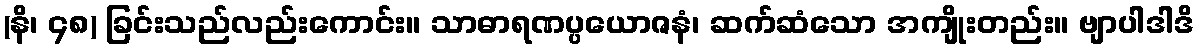
(နိ၊ ၄၈) ခြင်းသည်လည်းကောင်း။ သာဓာရဏပ္ပယောဇနံ၊ ဆက်ဆံသော အကျိုးတည်း။ ဗျာပါဒါဒိ